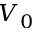
V _ { 0 }